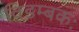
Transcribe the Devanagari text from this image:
विडम्बकः